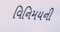
વિનિમયની